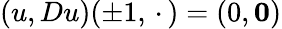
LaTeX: (u,Du)(\pm 1,\mathrel{\, \cdot\, })=(0,\mathbf{0})